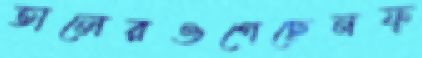
তালেরওগেছেনফ্